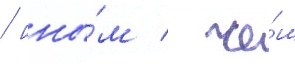
/ ины́м / че́м